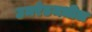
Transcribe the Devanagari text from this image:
उमरेडमधील